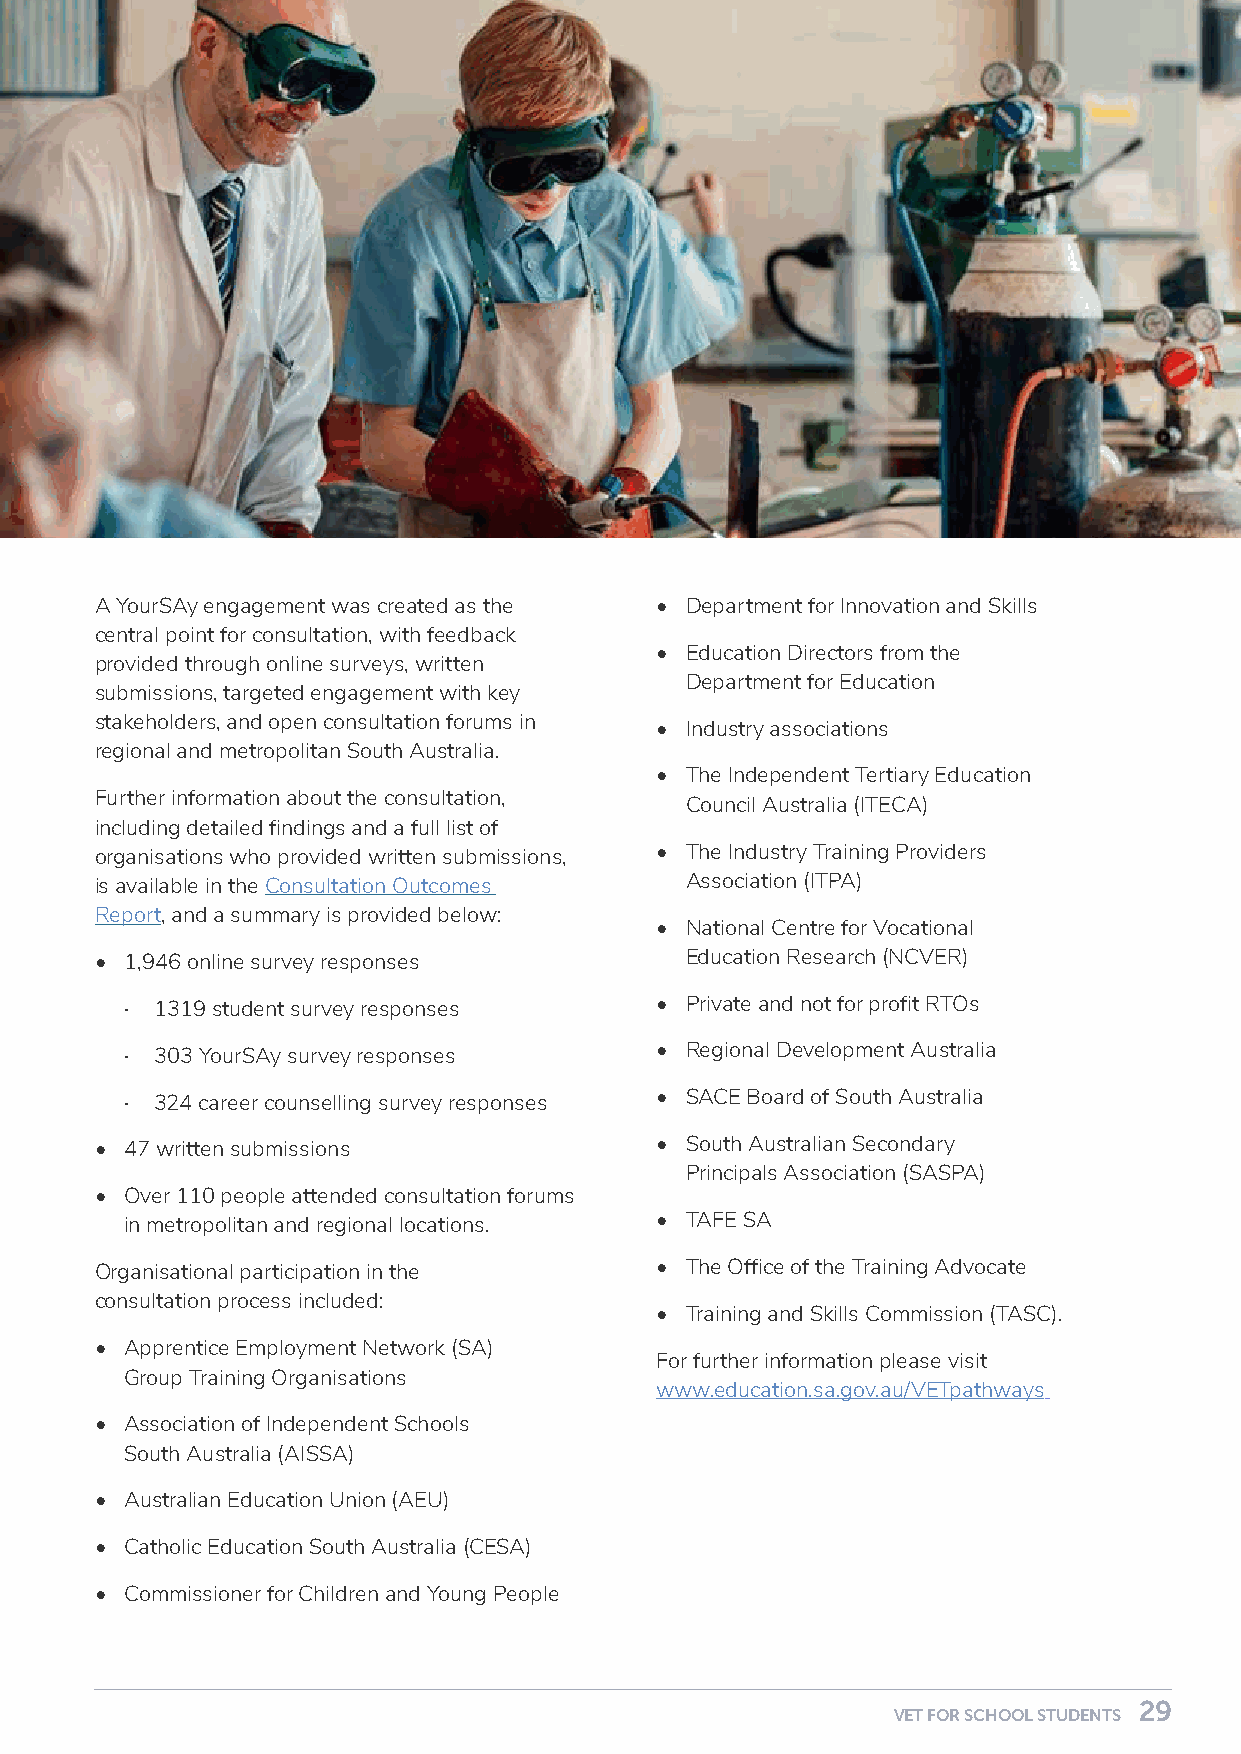
A YourSAy engagement was created as the • Department for Innovation and Skills
 central point for consultation, with feedback
 • Education Directors from the
 provided through online surveys, written
 Department for Education
 submissions, targeted engagement with key
 stakeholders, and open consultation forums in
 • Industry associations
 regional and metropolitan South Australia.
 • The Independent Tertiary Education
 Further information about the consultation,
 Council Australia (ITECA)
 including detailed findings and a full list of
 organisations who provided written submissions, • The Industry Training Providers
 is available in the Consultation Outcomes Association (ITPA)
 Report, and a summary is provided below:
 • National Centre for Vocational
 • 1,946 online survey responses        Education Research (NCVER)
 · 1319 student survey responses    • Private and not for profit RTOs
 · 303 YourSAy survey responses     • Regional Development Australia
 · 324 career counselling survey responses • SACE Board of South Australia
 • 47 written submissions             • South Australian Secondary
 Principals Association (SASPA)
 • Over 110 people attended consultation forums
 in metropolitan and regional locations. • TAFE SA
 Organisational participation in the  • The Office of the Training Advocate
 consultation process included:
 • Training and Skills Commission (TASC).
 • Apprentice Employment Network (SA)
 For further information please visit
 Group Training Organisations
 www.education.sa.gov.au/VETpathways
 • Association of Independent Schools
 South Australia (AISSA)
 • Australian Education Union (AEU)
 • Catholic Education South Australia (CESA)
 • Commissioner for Children and Young People
 28                                                                         29
 VET FOR SCHOOL STUDENTS                                    VET FOR SCHOOL STUDENTS